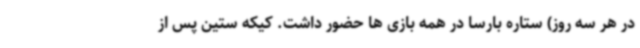
در هر سه روز) ستاره بارسا در همه بازی ها حضور داشت. کیکه ستین پس از